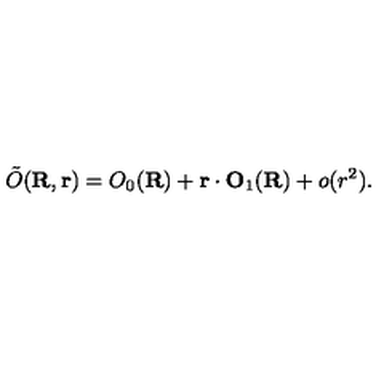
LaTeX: \tilde { O } ( { \bf R } , { \bf r } ) = O _ { 0 } ( { \bf R } ) + { \bf r } \cdot { \bf O } _ { 1 } ( { \bf R } ) + o ( r ^ { 2 } ) .